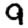
Digit: 9